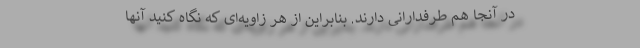
در آنجا هم طرفدارانی دارند. بنابراین از هر زاویه‌ای که نگاه کنید آنها